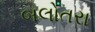
બલોતરા